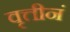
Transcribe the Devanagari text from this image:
वृत्तीनं